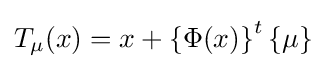
T_{\mu }(x)=x+\left\{\Phi (x)\right\}^{t}\left\{\mu \right\}